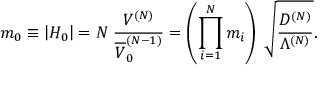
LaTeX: m _ { 0 } \equiv \left| H _ { 0 } \right| = N \; \frac { V ^ { ( N ) } } { \overline { { { V } } } _ { 0 } ^ { ( N - 1 ) } } = \left( \prod _ { i = 1 } ^ { N } m _ { i } \right) \; \sqrt { \frac { D ^ { ( N ) } } { \Lambda ^ { ( N ) } } } .